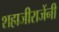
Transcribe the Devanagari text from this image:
शहाजीराजेंनी